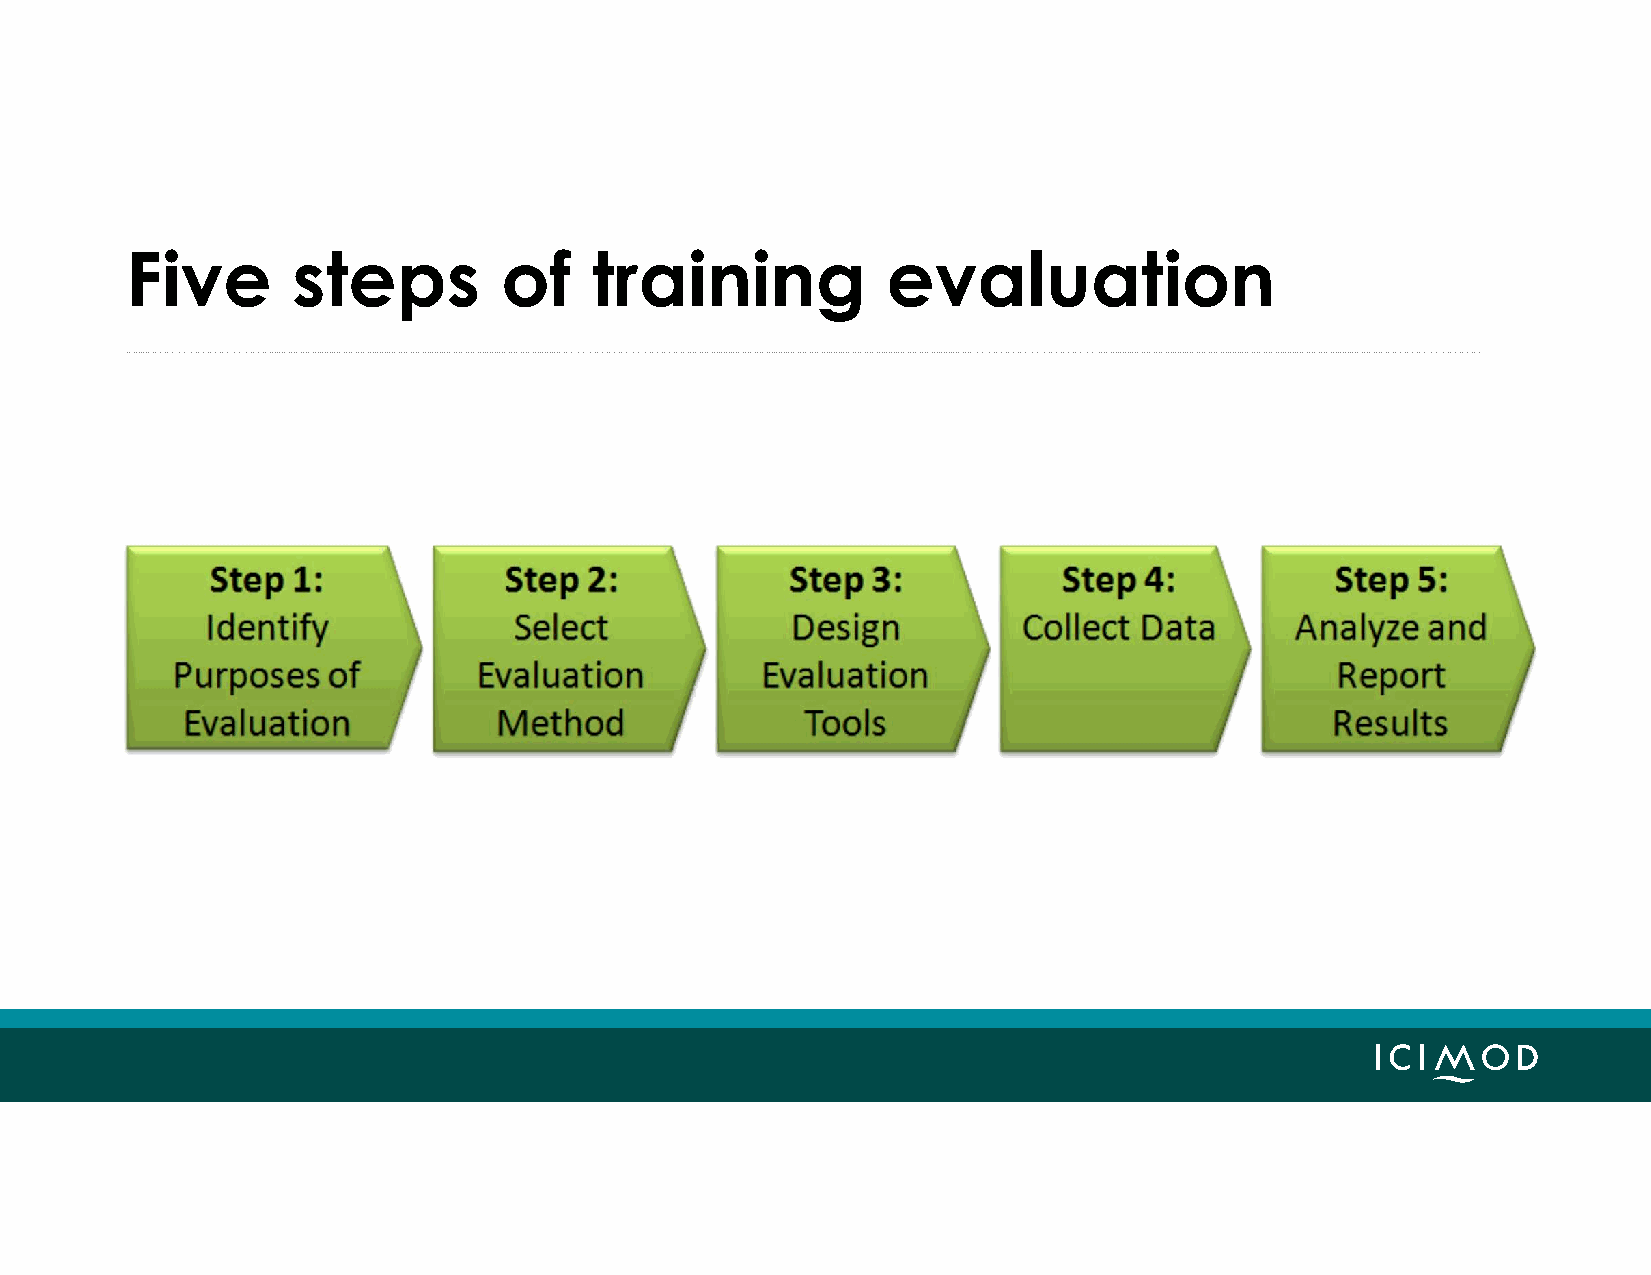
Five       steps         of    training            evaluation